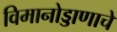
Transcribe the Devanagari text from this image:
विमानोड्डाणाचे